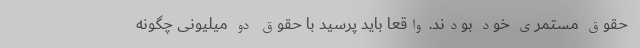
حقوق مستمری خود بودند. واقعا باید پرسید با حقوق دو میلیونی چگونه